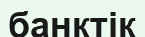
банктік